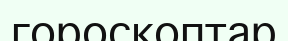
гороскоптар